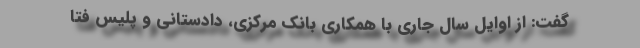
گفت: از اوایل سال جاری با همکاری بانک مرکزی، دادستانی و پلیس فتا